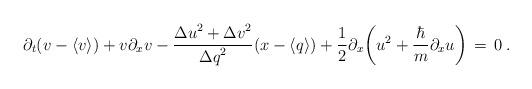
LaTeX: \begin{align*}\partial_{t}(v-\langle v \rangle)+v\partial_{x}v - \frac{ {\Delta u}^2+{\Delta v}^2 }{{\Delta q}^2}(x-\langle q \rangle) +\frac{1}{2} \partial_{x}\bigg( u^2+\frac{\hbar}{m}\partial_{x} u\bigg)\,=\,0 \:.\end{align*}